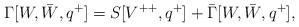
LaTeX: \begin{align*}\Gamma[W, \bar W, q^+]= S[V^{++}, q^+]+\bar \Gamma[W, \bar W, q^+],\end{align*}